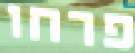
פרחו